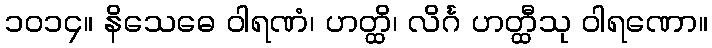
၁၀၁၄။ နိသေဓေ ဝါရဏံ၊ ဟတ္ထိ၊ လိင်္ဂ ဟတ္ထီသု ဝါရဏော။